Report on vaccination North-West Frontier Province 1904-1922 - 1904-1922
Year: 1904
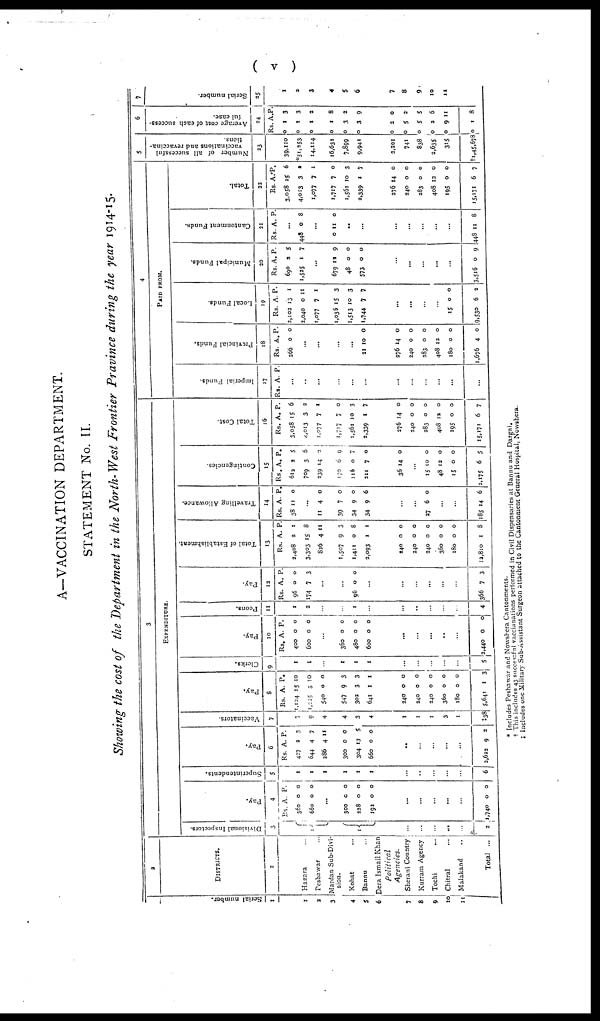
( v )
A—VACCINATION DEPARTMENT.
STATEMENT No. II.
Showing the cost of the Department in the North-West Frontier Pravince during the year 1914-15.
Serial number.
1
1
2
3
4
5
6
7
8
9
10
11.
2
DISTRICTS.
3
Hazara ...
Peshawar ...
Mardan Sub-Divi-
sion.
Kohat ...
Bannu ...
Dera Ismail Khan
Political
Agencies.
Sherani Country
Kurram Agency
Tochi ...
Chitral ...
Malakand ...
Total ...
3
EXPENDITURE.
Divisional Inspectors.
3.
1
1
...
...
...
...
...
2
Pay.
4
Rs.
360
660
A.
0
0
P.
0
0
...
300
228
191
0
0
0
0
0
0
...
...
...
...
...
1,740 0 0
Superintendents.
5
1
1
1
1
1
1
...
..
...
...
...
6
Pay.
6
Rs.
427
644
286
300
304
660
A.
2
4
4
0
13
0
P.
3
7
11
0
5
0
..
...
...
...
...
2,622 9 2
Vaccinators.
7
7
9
4
4
3
4
1
1
1
3
1
‡38
Pay.
8
Rs.
1,124
1,225
540
547
302
641
A.
15
3
0
9
3
1
P.
10
10
0
3
3
1
240
240
240
360
180
5,641
0
0
0
0
0
1
0
0
0
0
0
3
Clerks.
9
1
1
...
1
1
1
...
...
...
...
...
5
Pay.
10
Rs.
400
600
A.
0
0
P.
0
0
...
360
480
600
0
0
0
0
0
0
...
...
...
...
...
2,440 0
0
Peons.
11
1
2
...
...
1
...
...
..
...
...
...
4
Pay.
12
Rs.
96
174
A.
0
7
P.
0
3
...
...
96 0 0
...
...
...
...
...
...
366 7 3
Total of Establishment.
13
Rs.
2,408
3,303
826
1,507
1,411
2,093
A.
2
15
4
9
0
1
P.
1
8
11
3
8
1
240
240
240
360
180
12,810
0
0
0
0
0
1
0
0
0
0
0
8
Travelling Allowance.
14
Rs.
38
A.
11
P.
0
...
11
39
34
34
4
7
9
9
0
0
0
6
...
...
27 6 0
...
...
185 14 6
Contingencies.
15
Rs.
612
709
239
170
116
211
A.
2
3
14
6
0
7
P.
5
6
2
9
7
0
36 14 0
...
15
48
15
2,175
10
12
0
6
0
0
0
5
Total Cost.
16
Rs.
3,058
4,013
1,077
1,717
1,561
2,339
A.
15
3
7
7
10
1
P.
6
2
1
0
3
7
276
240
283
408
195
15,171
14
0
0
12
0
6
0
0
0
0
0
7
4
PAID FROM.
Imperial Funds.
17
Rs. A. P.
...
...
...
...
...
...
...
...
...
...
...
...
Provincial Funds.
18
Rs.
266
A
0
P.
0
...
...
...
...
21 10 0
276
240
283
408
180
1,676
14
0
0
12
0
4
0
0
0
0
0
0
Local Funds.
19
Rs.
2,102
2,040
1,077
1,036
1,513
1,744
A.
13
0
7
15
10
7
P.
1
11
1
3
3
7
...
...
...
...
15
9,530
0
6
0
2
Municipal Funds.
20
Rs.
690
1,525
A.
2
1
P.
5
7
...
679
48
573
12
0
0
9
0
0
...
...
...
...
...
3,516 0 9
Cantonment Funds.
21
Rs. A P.
...
448 0 8
...
0 11 0
...
...
...
...
...
...
...
448 11 8
Total.
22
Rs.
3,058
4,013
1,077
1,717
1,561
2,339
A
15
3
7
7
10
1
P.
6
2
1
0
3
7
276
240
283
408
195
15,171
14
0
0
12
0
6
0
0
0
0
0
7
5
Number of all successful
vaccinations and revaccina¬
tions.
23
39.110
*51,253
14,114
16,631
7,899
9,941
2,201
741
838
2,635
315
†1,45,678
6
Average cost of each success-
ful case.
24
Rs.
0
0
0
0
0
0
A.
1
1
1
1
3
3
P.
3
3
2
8
2
9
0
0
0
0
0
0
2
5
5
2
9
1
0
2
5
6
11
8
7
Serial number.
25
1
2
3
4
5
6
7
8
9
10
11
* Includes Peshawar and Nowshera Cantonments.
† This includes 43 successful vaccianations performed in Civil Dispensaries at Bannu and Dargai.
‡ Includes one Military Sub-Assistant Surgeon attached to the Cantonment General Hospital, Nowshera.